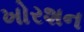
ખોરશન